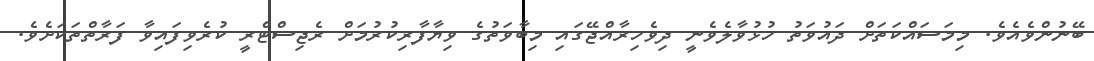
ބޭނުންވެއެވެ. މިމަސައްކަތަށް ދައުވަތު ހުޅުވާލެވެނީ ދިވެހިރާއްޖޭގައި މިބާވަތުގެ ވިޔާފާރިކުރުމަށް ރެޖިސްޓްރީ ކުރެވިފައިވާ ފަރާތްތަކަށެވެ.